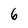
Character: 6